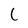
Character: C